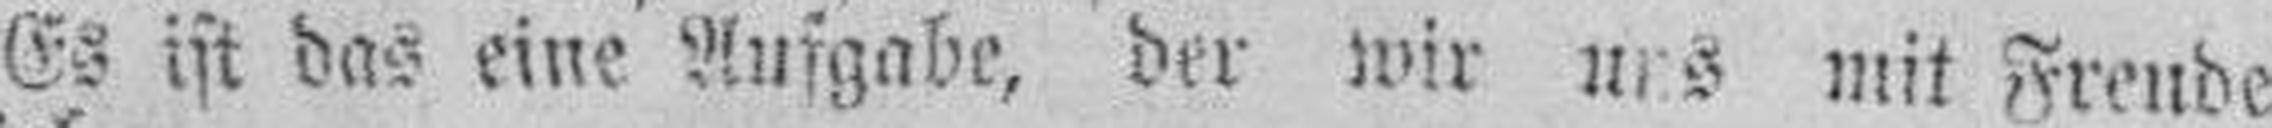
Es ist das eine Aufgabe, der wir uns mit Freude